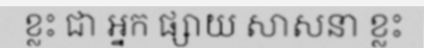
ខ្លះ ជា អ្នក ផ្សាយ សាសនា ខ្លះ